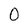
Character: 0